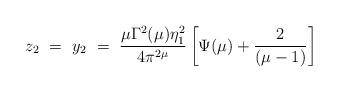
LaTeX: \begin{align*}z_2 ~=~ y_2 ~=~ \frac{\mu \Gamma^2(\mu)\eta^2_1}{4\pi^{2\mu}}\left[ \Psi(\mu) + \frac{2}{(\mu-1)} \right]\end{align*}